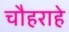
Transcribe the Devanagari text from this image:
चौहराहे